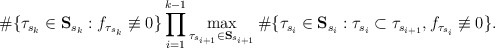
\begin{align*} \#\{\tau_{s_k}\in{\bf{S}}_{s_k}:f_{\tau_{s_k}}\not\equiv 0\}\prod_{i=1}^{k-1}\max_{\tau_{s_{i+1}}\in{\bf{S}}_{s_{i+1}}}\#\{\tau_{s_i}\in{\bf{S}}_{s_i}:\tau_{s_i}\subset\tau_{s_{i+1}},f_{\tau_{s_i}}\not\equiv 0\}. \end{align*}